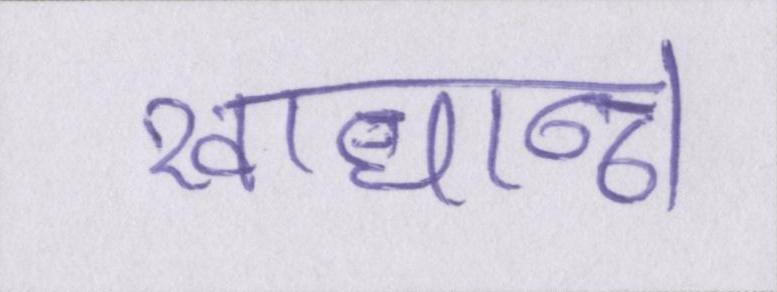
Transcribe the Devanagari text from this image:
खाधान्न